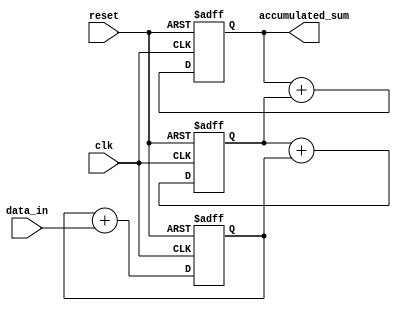
module cascaded_accumulator (
    input wire clk,
    input wire reset,
    input wire [7:0] data_in,
    output reg [15:0] accumulated_sum
);
    
reg [15:0] sum1, sum2, sum3;

always @(posedge clk or posedge reset) begin
    if (reset) begin
        sum1 <= 16'd0;
        sum2 <= 16'd0;
        sum3 <= 16'd0;
    end else begin
        sum1 <= sum1 + data_in;
        sum2 <= sum2 + sum1;
        sum3 <= sum3 + sum2;
    end
end

assign accumulated_sum = sum3;

endmodule